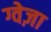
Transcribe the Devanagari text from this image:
ग्वेज़ा